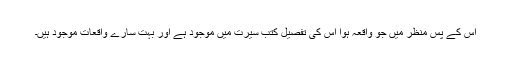
اس کے پس منظر میں جو واقعہ ہوا اس کی تفصیل کتب سیرت میں موجود ہے اور بہت سارے واقعات موجود ہیں۔